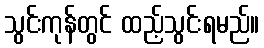
သွင်းကုန်တွင် ထည့်သွင်းရမည်။